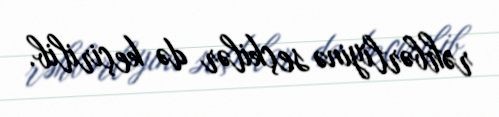
rəhbərliyinə seçkilər də keçirilib.